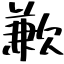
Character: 歉